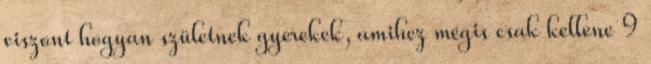
viszont hogyan születnek gyerekek, amihez mégis csak kellene 9